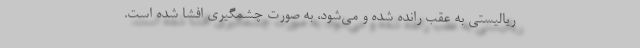
ریالیستی به عقب رانده شده و می‌شود، به صورت چشمگیری افشا شده است.